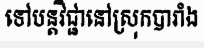
ទៅបន្តវិជ្ជានៅស្រុកបារាំង